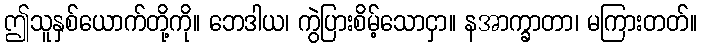
ဤသူနှစ်ယောက်တို့ကို။ ဘေဒါယ၊ ကွဲပြားစိမ့်သောငှာ။ နအာက္ခာတာ၊ မကြားတတ်။